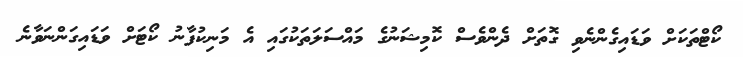
ކޯޓްތަކަށް ވަޑައިގެންނެވި ގޮތަށް ދެންވެސް ކޮމިޝަނުގެ މައްސަލަތަކުގައި އެ މަނިކުފާނު ކޯޓަށް ވަޑައިގަންނަވާނެ